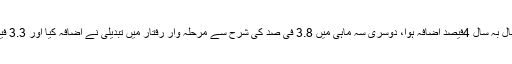
سہ ماہی کے دوران صارفین کے اخراجات میں سال بہ سال 4فیصد اضافہ ہوا، دوسری سہ ماہی میں 3.8 فی صد کی شرح سے مرحلہ وار رفتار میں تبدیلی نے اضافہ کیا اور 3.3 فیصد تک سست ترقی کیلئے توقعات حیران کن ہیں۔